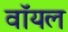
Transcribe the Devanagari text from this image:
वॉयल